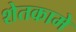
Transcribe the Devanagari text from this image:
शेतकामे